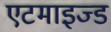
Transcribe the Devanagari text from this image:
एटमाइज्ड